Report of an investigation in regard to the prevalence of stegomyia and other mosquitoes in Karachi, and the measures necessary for their control
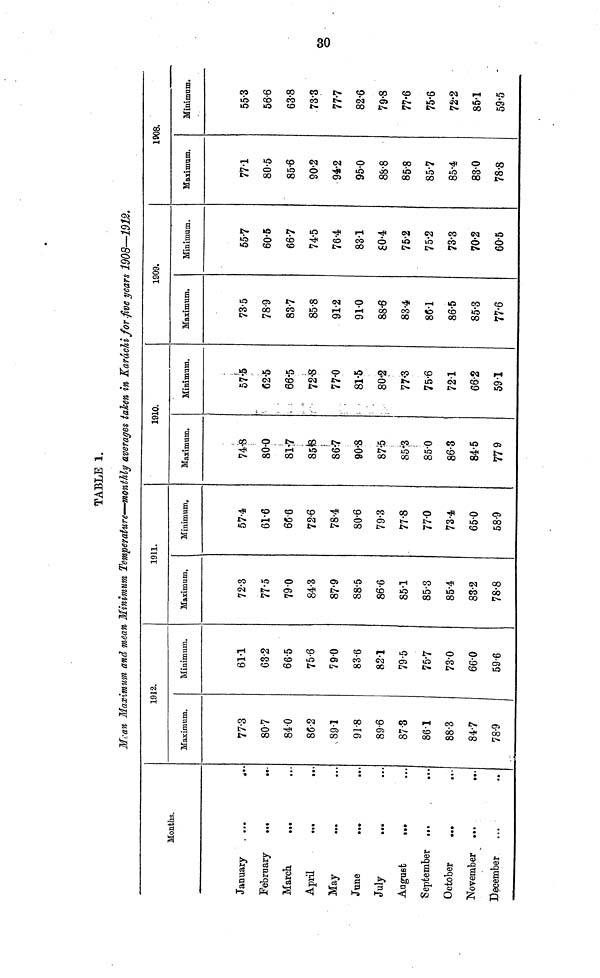
TABLE 1.
Mean Maximum and mean Minimum Temperature—monthly averages taken in Karâclii for .five years 1908—1912.
January
February
March
April
May
June
July
August
September
October
November
December
Months.
• ••
• ••
• •«
• ••
«•»
• ••
...
• ••
• •
• *
...
...
...
Maximum.
77·3
807
84·0
86·2
89·1
91·8
89·6
87·3
86·1
88·3
847
78·9
1912.
Minimum.
61·1
63·2
665
75·6
790
83·6
82·1
79·5
75·7
73·0
66·0
59·6
1911.
Maximum.
72·3
77·5
79·0
84·3
87·9
88·5
86·6
85·1
85·3
85·4
83·2
78·8
Minimum.
57·4
61·6
66·6
72·6
78·4
80·6
79·3
77·8
770
73·4
650
58·9
1910.
Maximum.
74·8
80·0
817
85·8
86·7
90·8
87·6
85·3
85·0
86·3
84·5
77 9
Minimum.
57·5
62·5
66·5
72·S
77·0
81·5
80·2
77·3
75·6
721
66·2
59·1
Maximum.
73·5
78·9
837
85·8
91·2
910
88·6
83·4
86·1
86·5
85·3
77·6
1909.
Minimum.
557
60·5
667
74·5
76·4
83·1
80·4
75·2
75·2
73·3
70·2
60·5
Maximum.
771
80·5
85·6
90·2
94·2
95·0
88·8
85·8
857
85·4
83·0
78·8
1908.
Minimum.
553
56·6
63·8
73·3
777
82·6
79·8
77·6
75·6
72·2
851
59·5